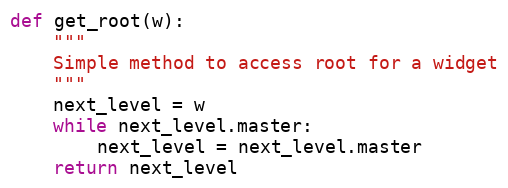
Language: Python
def get_root(w):
    """
    Simple method to access root for a widget
    """
    next_level = w
    while next_level.master:
        next_level = next_level.master
    return next_level